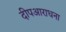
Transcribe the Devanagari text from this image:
दीपआराधना